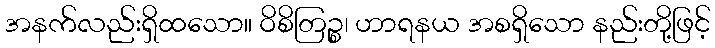
အနက်လည်းရှိထသော။ ဝိစိတြဉ္စ၊ ဟာရနယ အစရှိသော နည်းတို့ဖြင့်